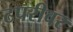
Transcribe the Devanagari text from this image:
टपरीवर